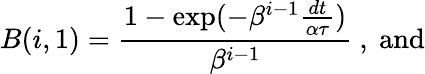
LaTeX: B(i,1)=\frac{1-\exp(-\beta^{i-1}\frac{dt}{\alpha\tau})}{\beta^{i-1}}\ ,\textrm{~and}